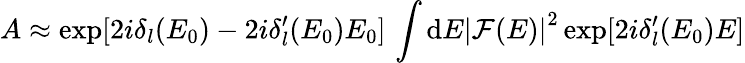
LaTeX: A\approx\exp[2i\delta_{l}(E_{0})-2i\delta_{l}^{\prime}(E_{0})E_{0}]\, \int{\mathrm{d}E\left|{\mathcal{F}(E)}\right|^{2}\exp[2i\delta_{l}^{\prime}(E_{0})E]}